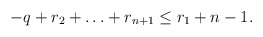
\begin{align*}-q+ r_2 + \ldots + r_{n+1} \le r_1 + n-1.\end{align*}